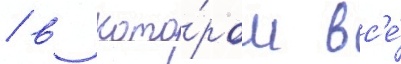
/ в кото́ром вс'е́